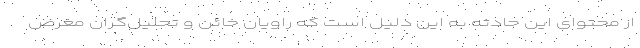
از محتوای این حادثه به این دلیل است که راویان خائن و تحلیل‌گران مغرض